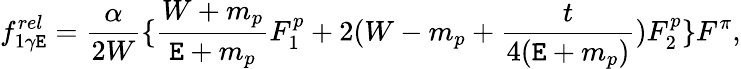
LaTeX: f_{1\gamma\mathtt{E}}^{rel}=\frac{{\alpha}}{{2W}}\{ \frac{{W+m_{p}}}{{\mathtt{E}+m_{p}}}F_{1}^{p}+2(W-m_{p}+\frac{{t}}{{4(\mathtt{E}+m_{p})}})F_{2}^{p}\} F^{\pi},